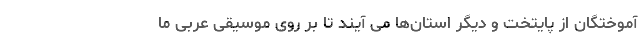
آموختگان از پایتخت و دیگر استان‌ها می آیند تا بر روی موسیقی عربی ما